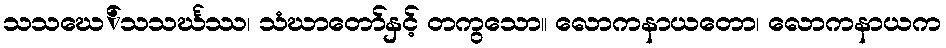
သသဃေ်သသင်္ဃဿ၊ သံဃာတော်နှင့် တကွသော။ လောကနာယတော၊ လောကနာယက